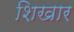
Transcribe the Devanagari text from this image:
शिखार